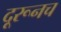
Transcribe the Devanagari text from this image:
दूरूनच